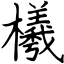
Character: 檥